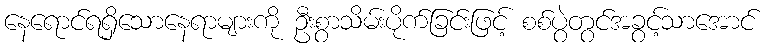
နေရောင်ရရှိသောနေရာများကို ဦးစွာသိမ်းပိုက်ခြင်းဖြင့် စစ်ပွဲတွင်အခွင့်သာအောင်